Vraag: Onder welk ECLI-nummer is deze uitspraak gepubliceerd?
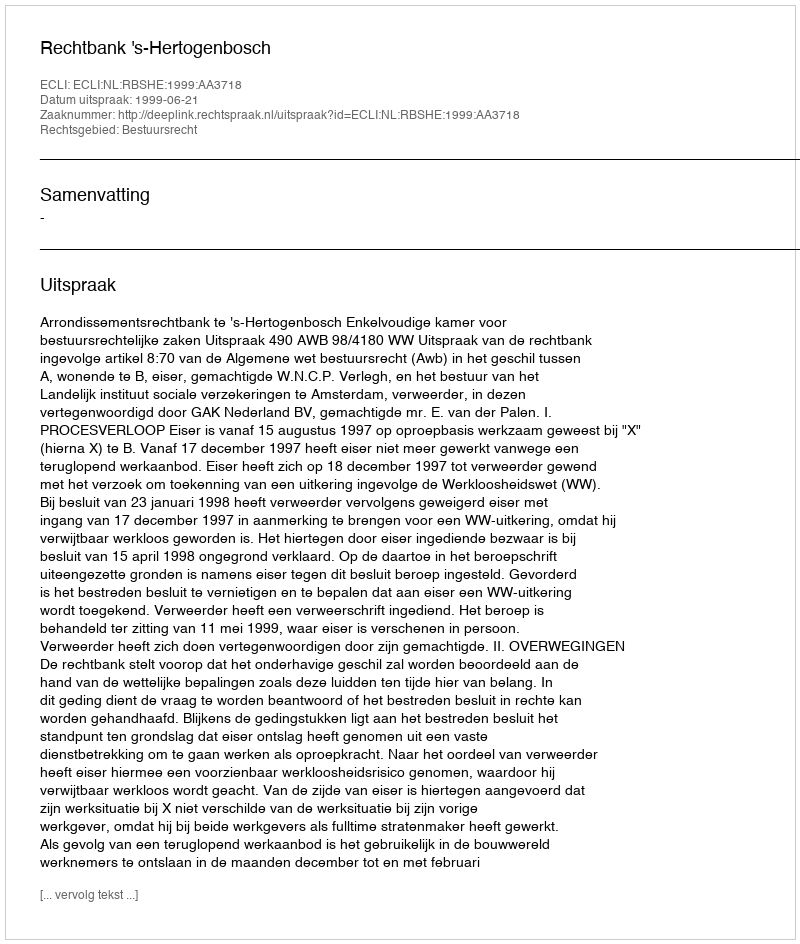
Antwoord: ECLI:NL:RBSHE:1999:AA3718